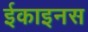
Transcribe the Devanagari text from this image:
ईकाइनस